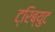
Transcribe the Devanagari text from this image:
ट्रिब्युट